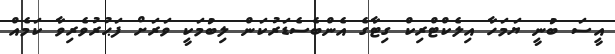
އީސަ ބުނީ ޔަމަހާ އިލެކްޓްރިކް ގިޓާގެ އެންބެސެޑަރުކަން ލިބުމަކީ ވަރަށް ފަޙުރުވެރިވާ ކަމެއް